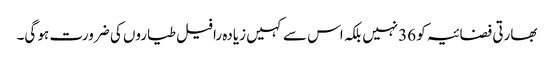
بھارتی فضائیہ کو 36نہیں بلکہ اس سے کہیں زیادہ رافیل طیاروں کی ضرورت ہو گی۔